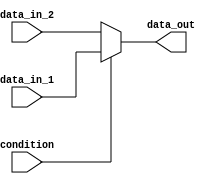
module if_else_statement (
    input wire condition,
    input wire data_in_1,
    input wire data_in_2,
    output reg data_out
);

always @(condition)
begin
    if (condition)
    begin
        data_out <= data_in_1;
    end
    else
    begin
        data_out <= data_in_2;
    end
end

endmodule